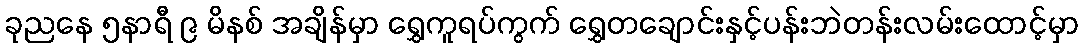
ခုညနေ ၅နာရီ ၉ မိနစ် အချိန်မှာ ရွှေကူရပ်ကွက် ရွှေတချောင်းနှင့်ပန်းဘဲတန်းလမ်းထောင့်မှာ